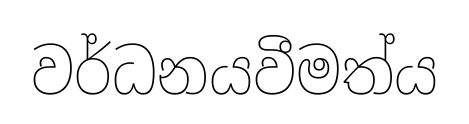
වර්ධනයවීමත්ය